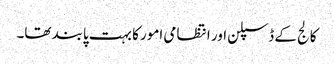
کالج کے ڈسپلن اور انتظامی امور کا بہت پابند تھا۔